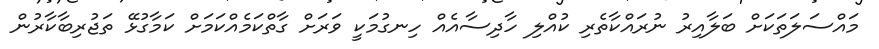
މައްސަލަތަކަށް ބަލާއިރު ނުރައްކާތެރި ކުއްލި ހާދިސާއެއް ހިނގުމަކީ ވަރަށް ގާތްކަމެއްކަމަށް ކަމާގުޅޭ ތަޖުރިބާކާރުން